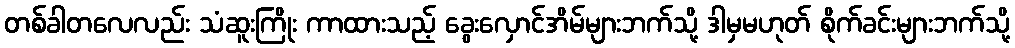
တစ်ခါတလေလည်း သံဆူးကြိုး ကာထားသည့် ခွေးလှောင်အိမ်များဘက်သို့ ဒါမှမဟုတ် စိုက်ခင်းများဘက်သို့